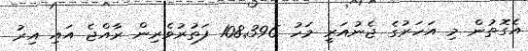
އެގޮތުން މި އަހަރުގެ ޖެނުއަރީ މަހު 108